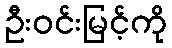
ဦးဝင်းမြင့်ကို